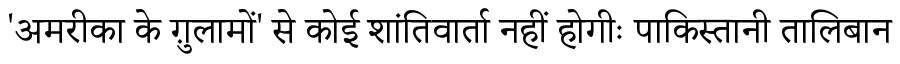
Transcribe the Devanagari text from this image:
'अमरीका के ग़ुलामों' से कोई शांतिवार्ता नहीं होगीः पाकिस्तानी तालिबान